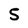
Character: 5